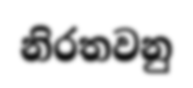
නිරතවනු